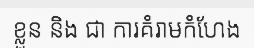
ខ្លួន និង ជា ការគំរាមកំហែង